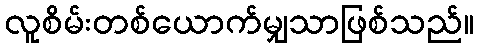
လူစိမ်းတစ်ယောက်မျှသာဖြစ်သည်။